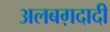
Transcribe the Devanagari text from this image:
अलबग़दादी